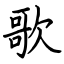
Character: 歌